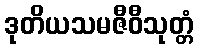
ဒုတိယသမဇီဝီသုတ္တံ